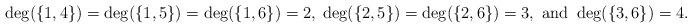
LaTeX: \begin{align*}\deg(\{1,4\}) = \deg(\{ 1,5 \}) = \deg(\{1,6\}) = 2,\; \deg(\{ 2,5 \})=\deg(\{ 2,6 \}) = 3, \textup{ and } \deg(\{3,6\}) = 4.\end{align*}